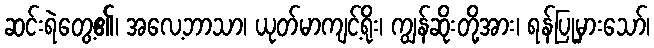
ဆင်းရဲတွေ့၏၊ အလေ့ဘာသာ၊ ယုတ်မာကျင့်ရိုး၊ ကျွန်ဆိုးတို့အား၊ ရန်ပြုမှားသော်၊